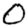
Digit: 0